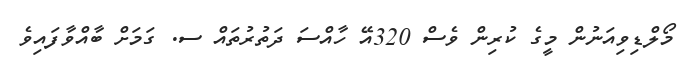
މޯލްޑިވިއަނުން މީގެ ކުރިން ވެސް 320އޭ ހާއްސަ ދަތުރުތައް ސ. ގަމަށް ބާއްވާފައިވެ